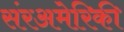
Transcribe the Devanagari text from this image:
संरअमेरिकी